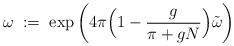
LaTeX: \begin{align*}\omega \; := \; \exp \left( 4 \pi \Big( 1 - \frac{g}{\pi + gN} \Big)\tilde{\omega}\right)\end{align*}